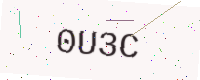
Text: 0U3C